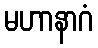
မဟာနာဂံ